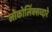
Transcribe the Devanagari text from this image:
लोकोलिंक्सव्दारे